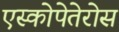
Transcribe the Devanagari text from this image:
एस्कोपेतेरोस